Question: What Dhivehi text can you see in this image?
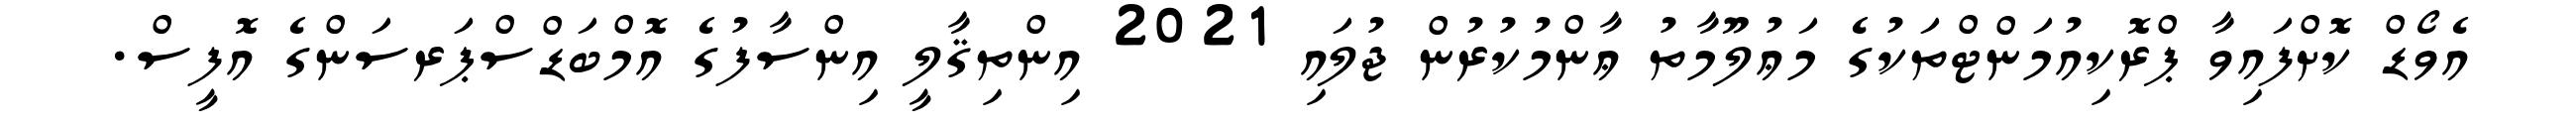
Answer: އެވޯޑް ކޮށްފައިވާ ޕްރޮކިއުމަންޓްތަކުގެ މަޢުލޫމާތު ޢާންމުކުރުން ޖުލައި 2021 އިންތިޤާލީ އިންސާފުގެ އޮމްބަޑްސްޕަރސަންގެ އޮފީސް.